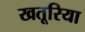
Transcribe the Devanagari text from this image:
खतूरिया